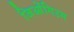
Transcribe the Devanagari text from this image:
जिओंगिउम